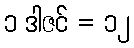
၁ ဒါဇင် = ၁၂